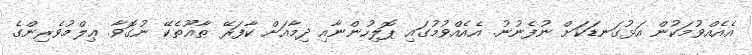
އެއެއްވުމަކުން އަޅުގަނޑަކަށް ނުފެނުނު. އެއެއްވުމުގައި ޕޮލިހުންނާއި ދިމާއަށް ކާފަރޭ ޠާޣޫތެކޭ ނުގޮވާ. ޢިލްމުވެރިންގެ